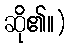
ဆို၏။)